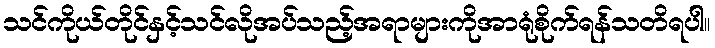
သင်ကိုယ်တိုင်နှင့်သင်လိုအပ်သည့်အရာများကိုအာရုံစိုက်ရန်သတိရပါ။